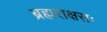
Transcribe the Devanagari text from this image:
ब्रह्मराक्षसः